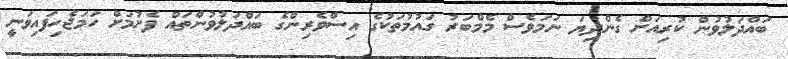
ބައްދަލުވުން ކުރިއަށް ގެންދިޔަ ނަމަވެސް މެމްބަރު ގައުމުތަކުގެ އިސްވެރިންގެ ބައްދަލުވުންތައް ފެށުމަށް ހަމަޖެހިފައިވަނީ